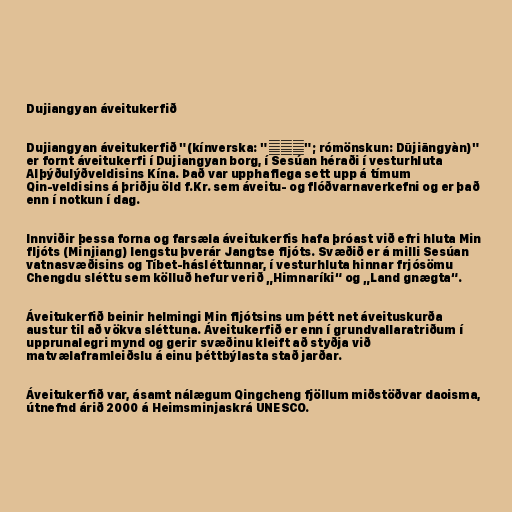
Dujiangyan áveitukerfið

Dujiangyan áveitukerfið "(kínverska: "都江堰"; rómönskun: Dūjiāngyàn)"
er fornt áveitukerfi í Dujiangyan borg, í Sesúan héraði í vesturhluta
Alþýðulýðveldisins Kína. Það var upphaflega sett upp á tímum
Qin-veldisins á þriðju öld f.Kr. sem áveitu- og flóðvarnaverkefni og er það
enn í notkun í dag.

Innviðir þessa forna og farsæla áveitukerfis hafa þróast við efri hluta Min
fljóts (Minjiang) lengstu þverár Jangtse fljóts. Svæðið er á milli Sesúan
vatnasvæðisins og Tíbet-hásléttunnar, í vesturhluta hinnar frjósömu
Chengdu sléttu sem kölluð hefur verið „Himnaríki“ og „Land gnægta“.

Áveitukerfið beinir helmingi Min fljótsins um þétt net áveituskurða
austur til að vökva sléttuna. Áveitukerfið er enn í grundvallaratriðum í
upprunalegri mynd og gerir svæðinu kleift að styðja við
matvælaframleiðslu á einu þéttbýlasta stað jarðar.

Áveitukerfið var, ásamt nálægum Qingcheng fjöllum miðstöðvar daoisma,
útnefnd árið 2000 á Heimsminjaskrá UNESCO.